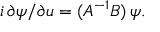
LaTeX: i \, \partial \psi / \partial u = ( A ^ { - 1 } B ) \, \psi .